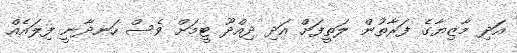
އަދި މާޒިޔާގެ ފަރާތުން ލަތީފަށް އަދި ދިއްދޫ ޓީމަށް ވެސް ހަނދާނީ ފިލައެއް